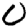
Digit: 0